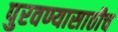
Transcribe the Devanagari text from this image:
पुरवण्यासाठीच